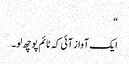
“
ایک آواز آئی کہ ٹائم پوچھ لو۔